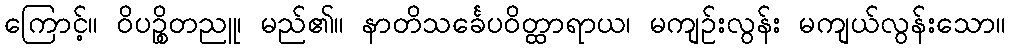
ကြောင့်။ ဝိပဉ္စိတညူ၊ မည်၏။ နာတိသင်္ခေပဝိတ္ထာရာယ၊ မကျဉ်းလွန်း မကျယ်လွန်းသော။